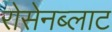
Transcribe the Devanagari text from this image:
रोसेनब्लाट